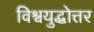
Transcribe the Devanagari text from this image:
विश्वयुद्धोत्तर